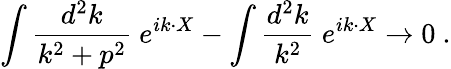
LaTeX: \int{\frac{d^{2}k}{k^{2}+p^{2}}}~e^{ik\cdot X}-\int{\frac{d^{2}k}{k^{2}}}~e^{ik\cdot X}\rightarrow 0~.